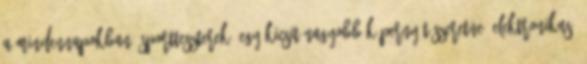
a mindennapokban. Sportteszterek, Egy kicsit nagyobb képernyőt szeretne? Elektronikus,